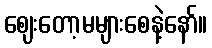
ဈေးတော့မများစေနဲ့နော်။